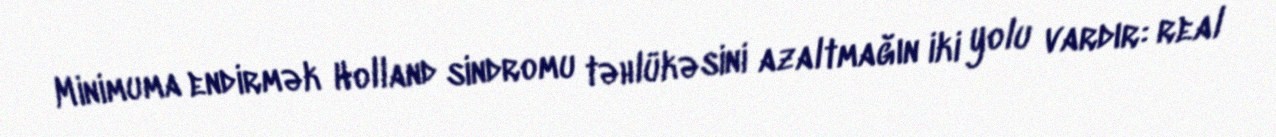
Minimuma endirmək Holland sindromu təhlükəsini azaltmağın iki yolu vardır: real